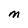
Character: M